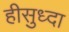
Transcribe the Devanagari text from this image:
हीसुध्दा